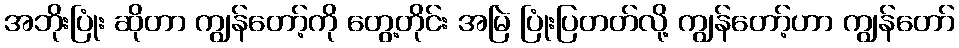
အဘိုးပြုံး ဆိုတာ ကျွန်တော့်ကို တွေ့တိုင်း အမြဲ ပြုံးပြတတ်လို့ ကျွန်တော့်ဟာ ကျွန်တော်